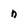
Character: n